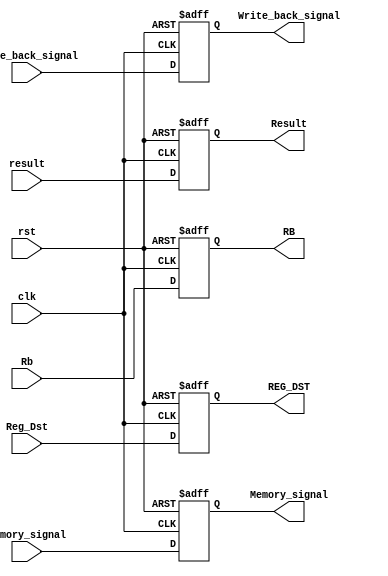
module Exe2Mem_reg(input clk,rst,input [1:0]write_back_signal,memory_signal
                    ,input[31:0]result,Rb,input [4:0]Reg_Dst
                    ,output reg [1:0] Write_back_signal,Memory_signal
                    ,output reg[31:0] Result,RB,output reg[4:0]REG_DST);
    
    always@(posedge clk,posedge rst)begin
        if(rst)begin
            Write_back_signal <=2'b0;
            Result <= 32'b0;
            RB <= 32'b0;
            REG_DST <= 5'b0;
            Memory_signal <=2'b0;
        end else begin
            Write_back_signal <=write_back_signal;
            Result <= result;
            RB <= Rb;
            REG_DST <= Reg_Dst;
            Memory_signal <= memory_signal;
        end
    end

endmodule